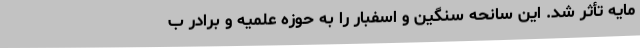
مایه تأثر شد. این سانحه سنگین و اسفبار را به حوزه علمیه و برادر ب